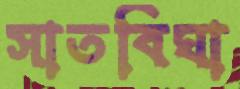
সাতবিঘা